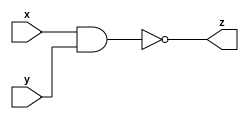
module gac_nand_gate_32 (x, y, z);
  input [31:0] x;
  input [31:0] y;
  output [31:0] z;
  
  assign z = ~(x&y) ;
  
  
endmodule